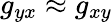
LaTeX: g_{yx}\approx g_{xy}